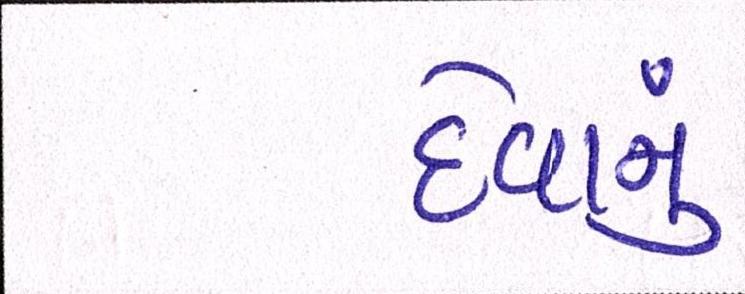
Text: દેવાનું